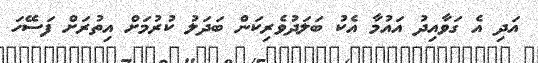
އަދި އެ ގަވާއިދު އައުމާ އެކު ބަލަދުވެރިކަން ބަދަލު ކުރުމަށް އިތުރަށް ފަސޭހަ